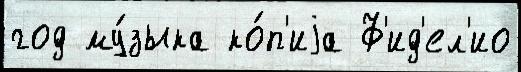
год му́зыка ко́п'иjа Ф'ид'ел'ио